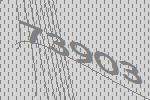
73903